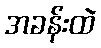
အခန်းထဲ